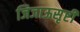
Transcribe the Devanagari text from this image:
जिजाऊसृष्टी